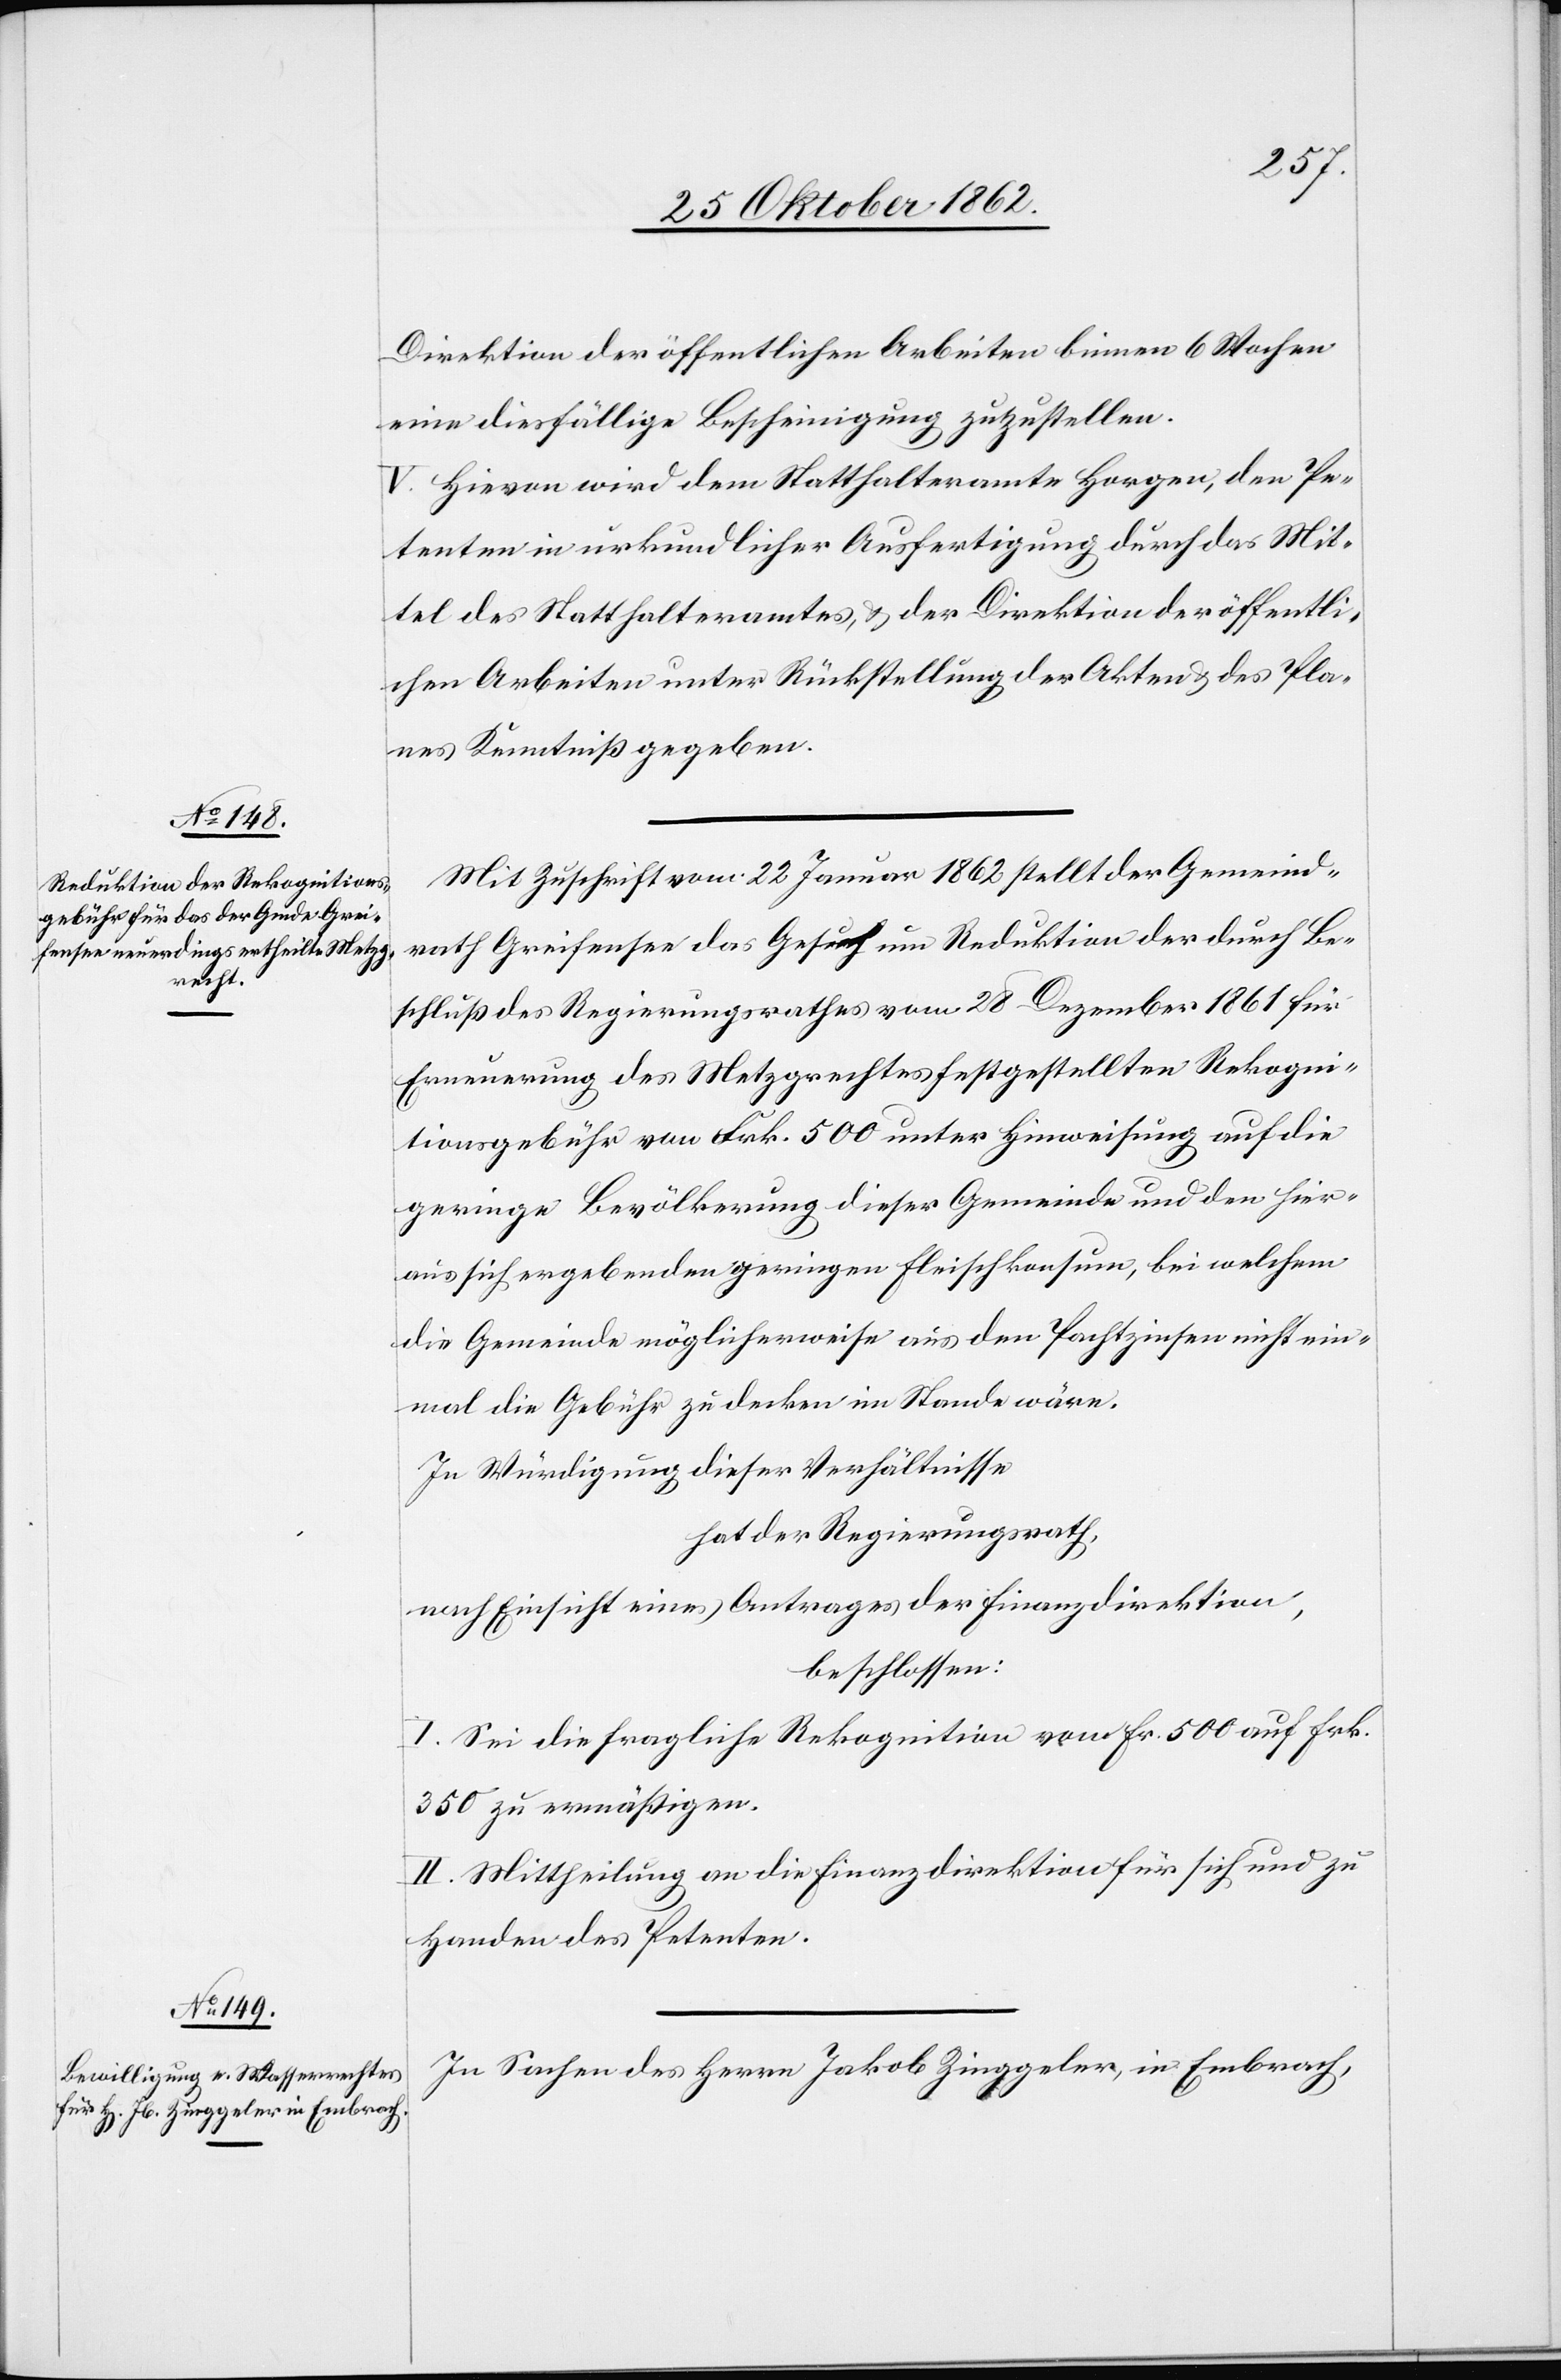
Direktion der öffentlichen Arbeiten binnen 6 Wochen
eine diesfällige Bescheinigung zuzustellen.
V. Hievon wird dem Statthalteramte Horgen, den Pe¬
tenten in urkundlicher Ausfertigung durch das Mit¬
tel des Statthalteramtes, u. der Direktion der öffentli¬
chen Arbeiten unter Rückstellung der Akten u. des Pla¬
nes Kenntniß gegeben.
Mit Zuschrift vom 22. Januar 1862 stellt der Gemeind¬
rath Greifensee das Gesuch um Reduktion der durch Be¬
schluß des Regierungsrathes vom 28. Dezember 1861 für
Erneuerung des Metzgrechtes festgestellten Rekogni¬
tionsgebühr von Frk. 500 unter Hinweisung auf die
geringe Bevölkerung dieser Gemeinde und den hier¬
aus sich ergebenden geringen Fleischkonsum, bei welchem
die Gemeinde möglicherweise aus den Pachtzinsen nicht ein¬
mal die Gebühr zu decken im Stande wäre.
In Würdigung dieser Verhältnisse
nach Einsicht eines Antrages der Finanzdirektion,
beschlossen:
I. Sei die fragliche Rekognition von fr. 500 auf frk.
350 zu ermäßigen.
II. Mittheilung an die Finanzdirektion für sich und zu
Handen des Petenten.
In Sachen des Herrn Jakob Zinggeler, in Embrach,